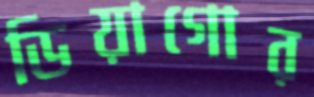
ডিয়াগোর